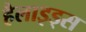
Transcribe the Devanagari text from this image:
हैलाइड्स